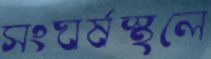
সংঘর্ষস্থলে